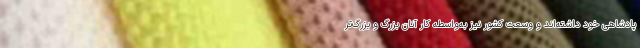
پادشاهی خود داشته‌اند و وسعت کشور نیز به‌واسطه کار آنان بزرگ و بزرگ‌تر